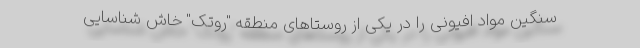
سنگین مواد افیونی را در یکی از روستاهای منطقه "روتک" خاش شناسایی